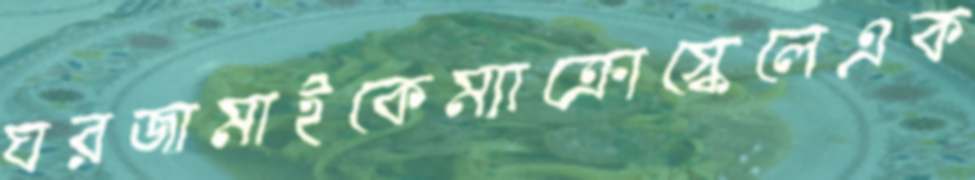
ঘরজামাইকেম্যাক্রোস্কেলেএক